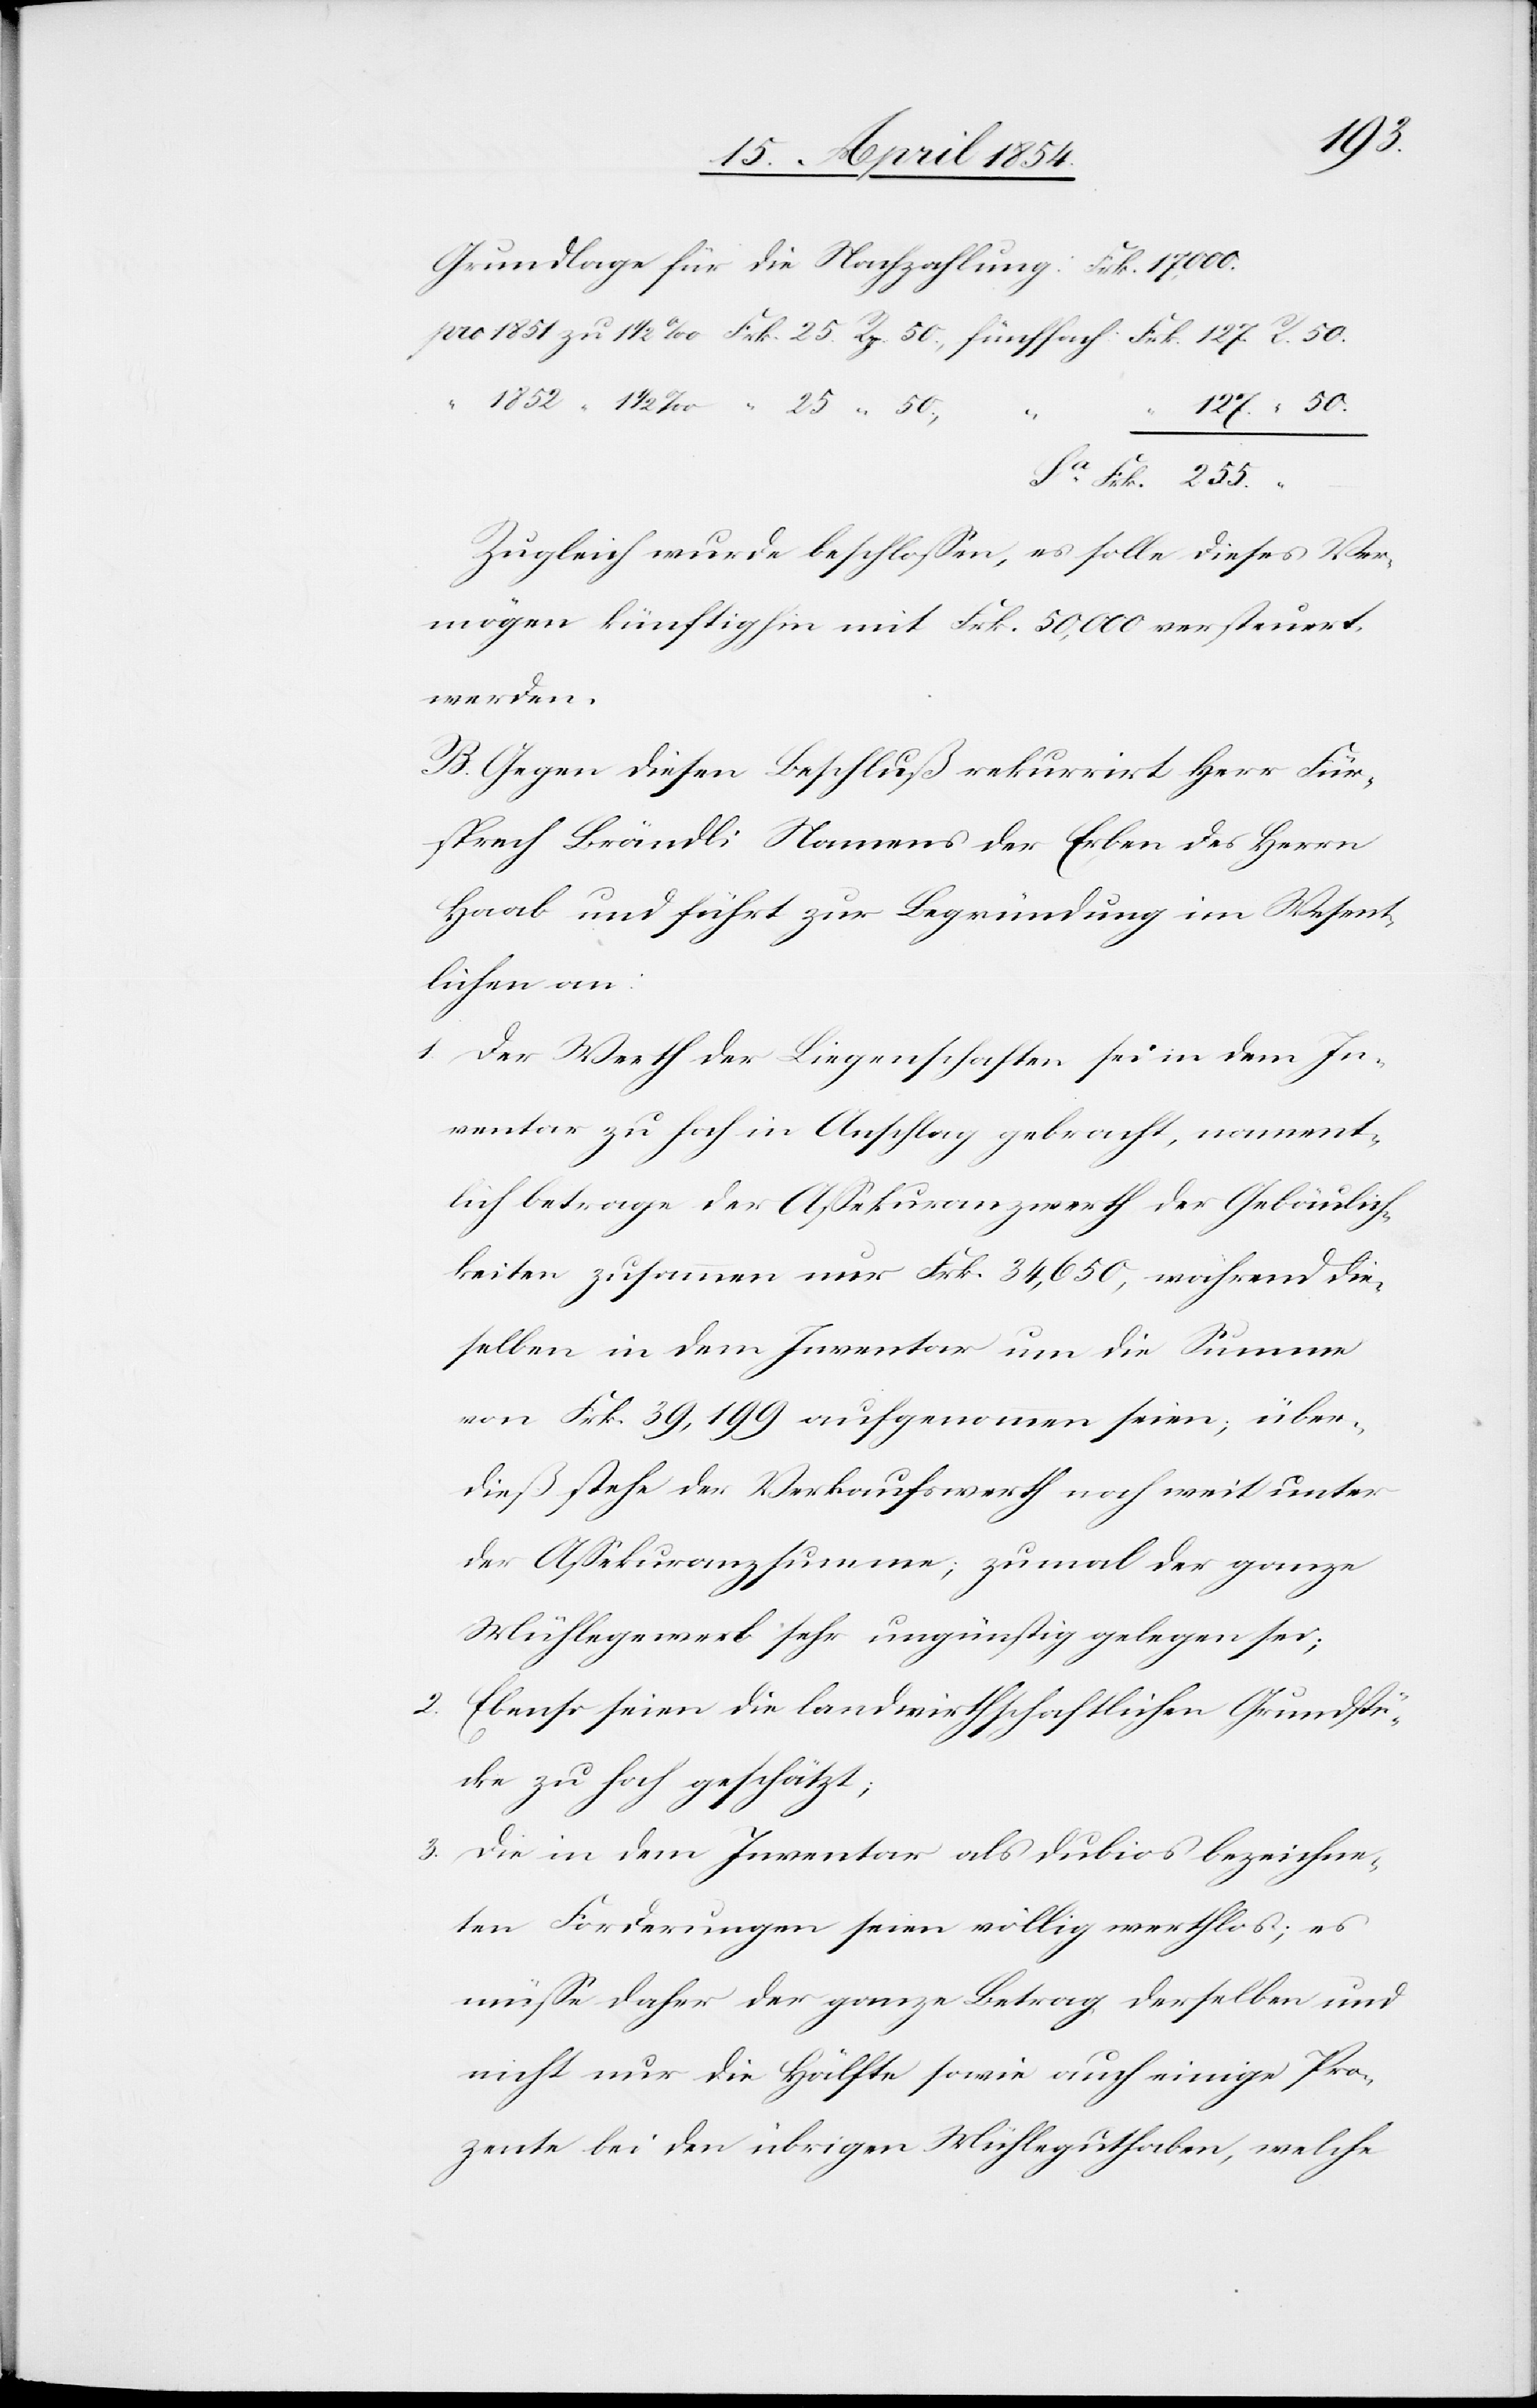
255.
50.
–
Zugleich wurde beschloßen, es solle dieses Ver¬
mögen künftighin mit Frk. 50,000 versteuert
werden.
B. Gegen diesen Beschluß rekurrirt Herr Für¬
sprech Brändli Namens der Erben des Herrn
Haab und führt zur Begründung im Wesent¬
lichen an:
1. Der Werth der Liegenschaften sei in dem In¬
ventar zu hoch in Anschlag gebracht, nament¬
lich betrage der Aßekuranzwerth der Gebäulich¬
keiten zusammen nur Frk. 34,650, während die¬
selben in dem Inventar um die Summe
von Frk. 39,199 aufgenommen seien; über¬
dieß stehe der Verkaufswerth noch weit unter
der Aßekuranzsumme; zumal der ganze
Mühlegewerb sehr ungünstig gelegen sei;
2. Ebenso seien die landwirthschaftlichen Grundstü¬
cke zu hoch geschätzt;
3. Die in dem Inventar als dubios bezeichne¬
ten Forderungen seien völlig werthlos; es
müße daher der ganze Betrag derselben und
nicht nur die Hälfte sowie auch einige Pro¬
zente bei den übrigen Mühleguthaben, welche